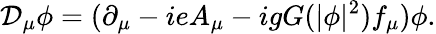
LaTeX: {\cal D}_{\mu}\phi=(\partial_{\mu}-ieA_{\mu}-igG(|\phi|^{2})f_{\mu})\phi.